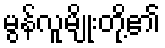
မွန်လူမျိုးတို့၏